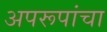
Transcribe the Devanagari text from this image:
अपरूपांचा